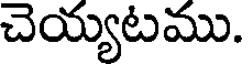
చెయ్యటము.